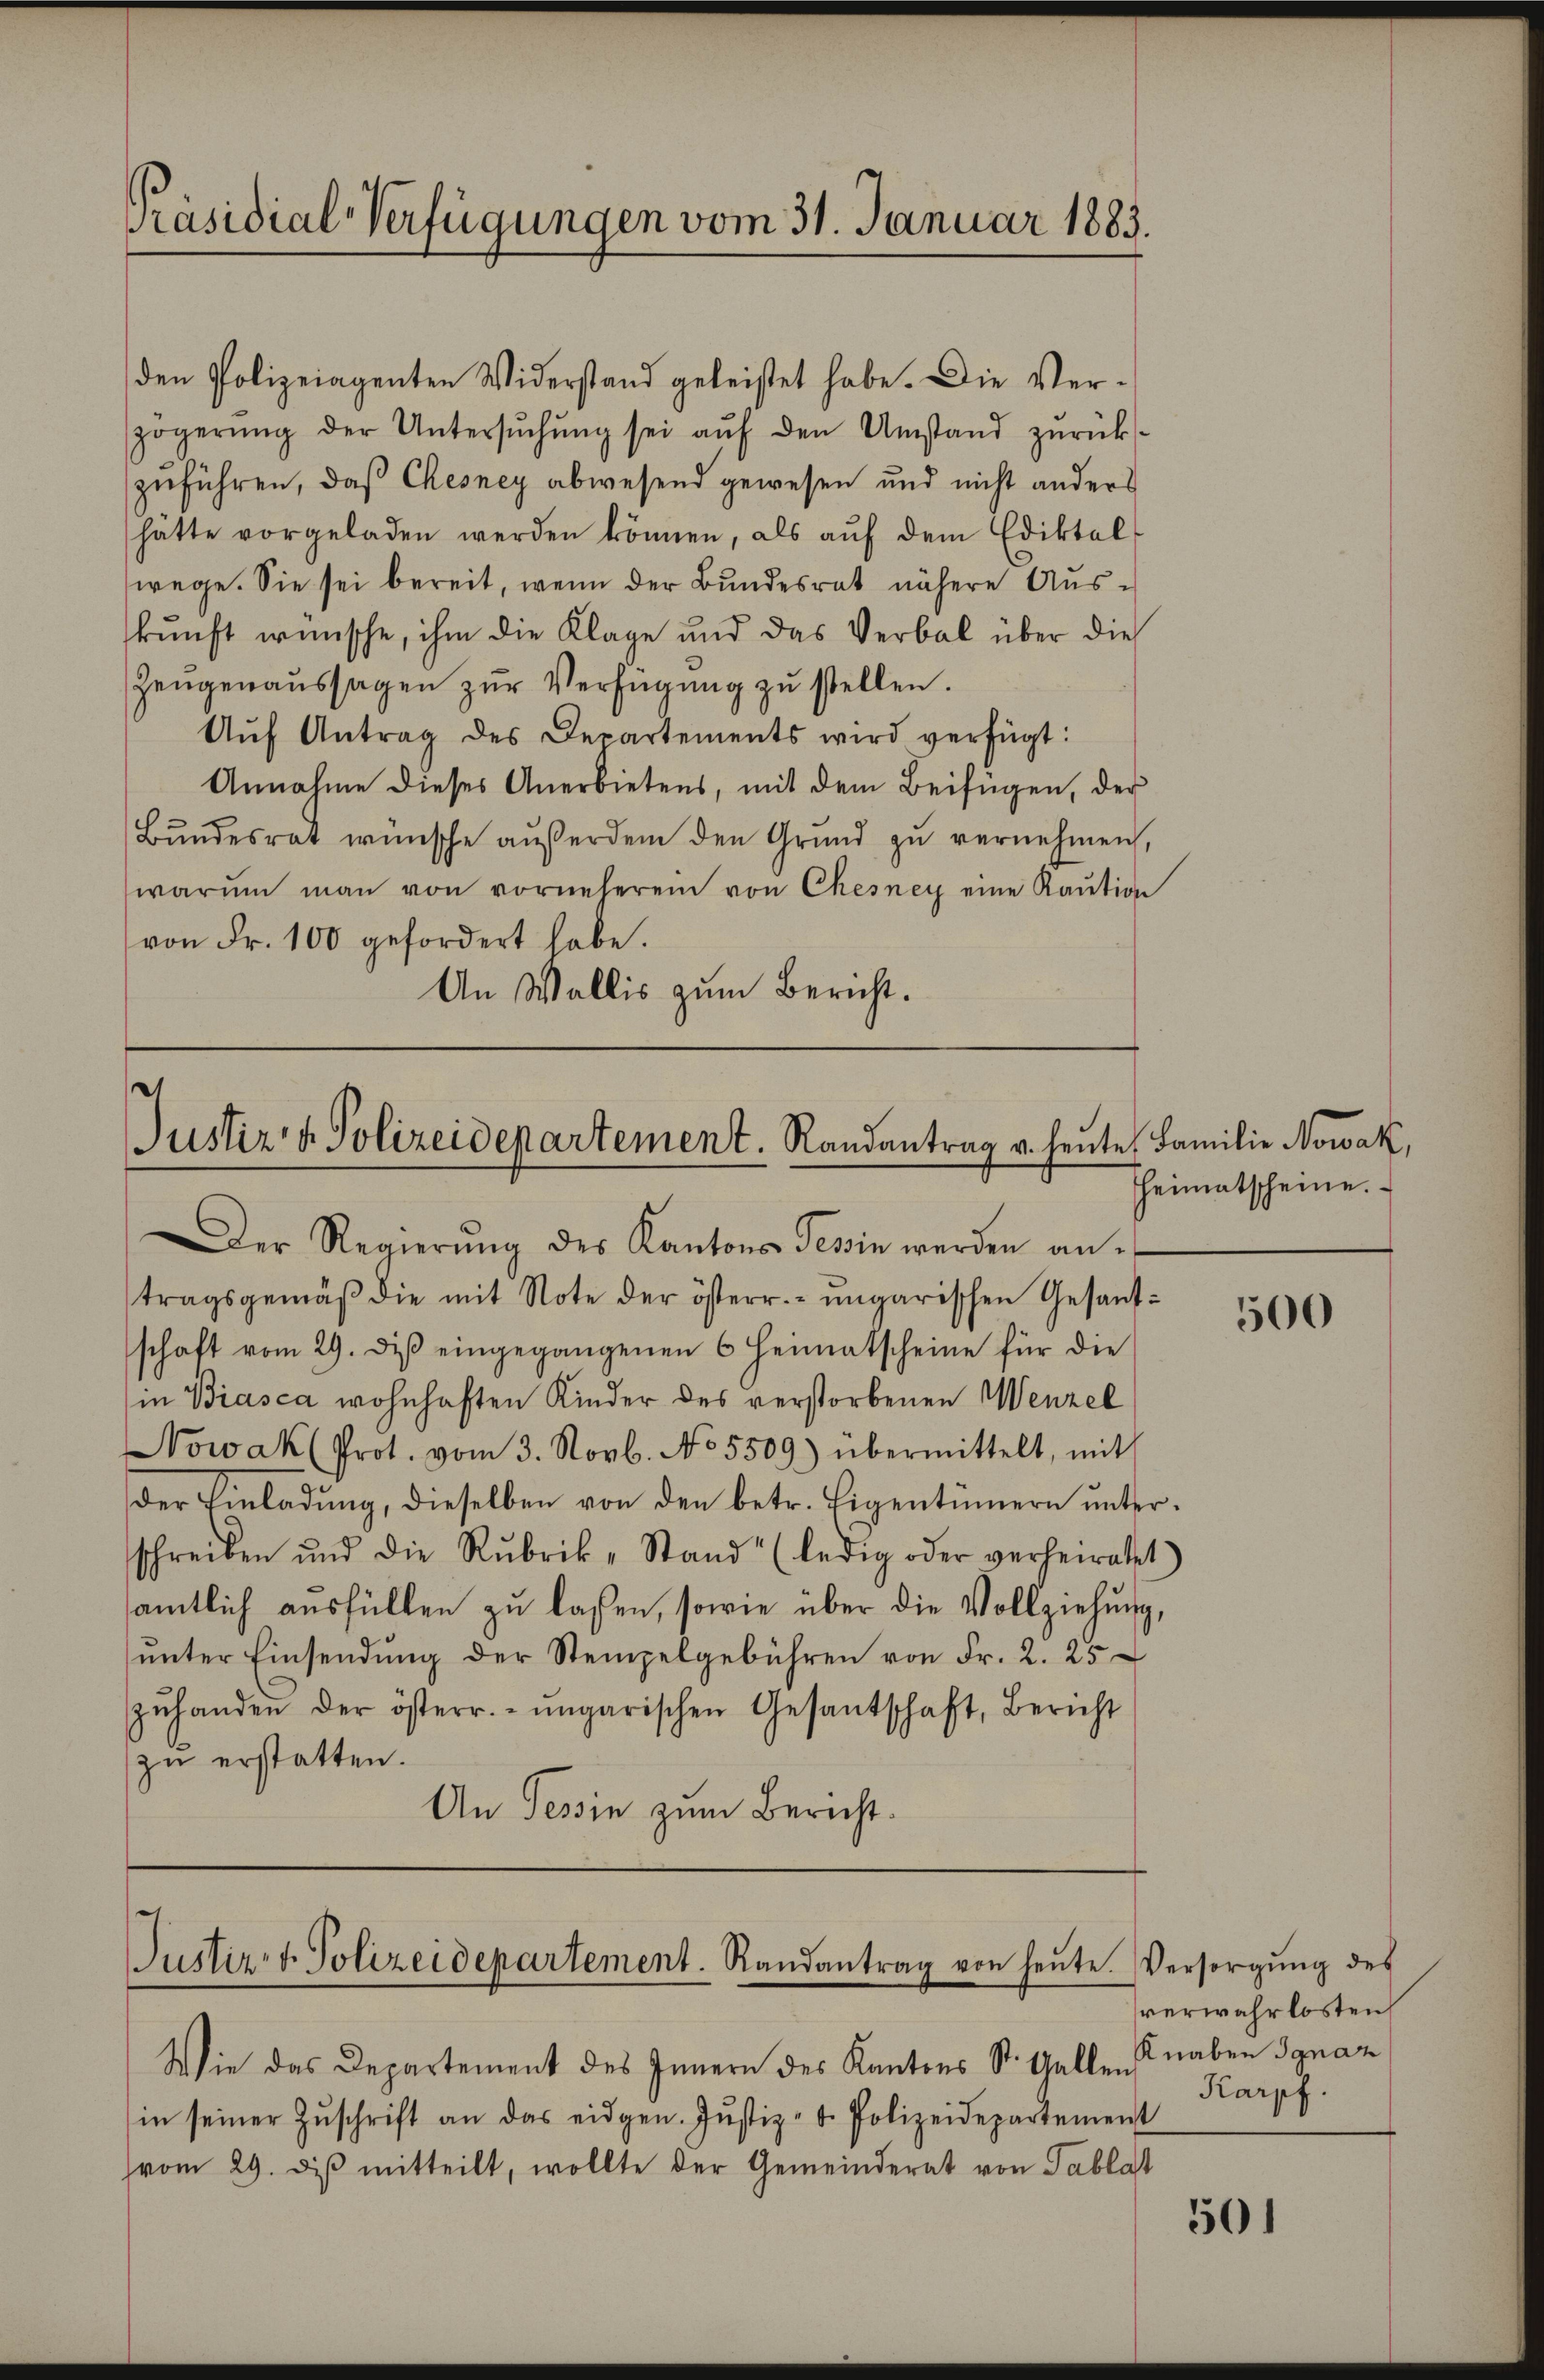
Präsidial-Verfügungen vom 31. Januar 1883.

Justiz- & Polizeidepartement. Randantrag u. heute Familie Nowak,
Der Regierŭng des Kantons Tessin werden an-

tragsgemäβ die mit Note der österr. ungarischen Gesandschaft vom 29. diβ eingegangenen 6 Heimatscheine für die
(in Biasca wohnhaften Kinder des verstorbenen Menzel
Nowak (Prot. vom 3. Novb. No 5509) übermittelt, mit
der Einladung, dieselben von den betr. Eigentümern unterschreiben und die Rubrik-Stand (ledig oder verheiratet
samtlich ausfüllen zu lassen, sowie über die Vollziehung,
ŭnter Einsendŭng der Stempelgebühren von Fr. 2. 25
zŭhanden der österr.- ŭngarischen Gesantschaft, Bericht
zu erstatten.
An Tessin zum Bericht.

den Polizeiagenten Widerstand geleistet habe. Die Verzögerŭng der Untersŭchŭng sei aŭf den Umstand zŭrück-
zuführen, daß Chesney abwesend gewesen und nicht anders
hätte vorgeladen werden können, als aŭf dem Ediktal-
wege. Sie sei bereit, wenn der Bundesrat nähere Ausskunft wünsche, ihm die Klage und das Verbal über die
Zeŭgenaŭssagen zŭr Verfügŭng zŭ stellen.
Aŭf Antrag des Departements wird verfügt:
Annahme dieses Anerbietens, mit dem Beifügen, der
Bŭndesrat wünsche aŭβerdem den Grŭnd zŭ vernehmen,
warŭm man von vorneheren von Chesney eine Raŭtion
von Fr. 100 gefordert habe.
An Wallis zum Bericht.

Justiz- & Polizeidepartement. Randantrag von heŭte. Versorgŭng des

heimatscheine.

Wie das Departement des Innern des Kantons St. Gallen Knaben Ignaz
in seiner Zŭschrift an das eidgen. Jŭstiz- u. Polizeidepartement
(vom 29. di mitteilt, wollte der Gemeinderat von Tablat

500

verwahrlosten,
Karpf.

501